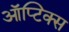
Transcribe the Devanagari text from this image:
ऑप्टिक्‍स